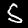
Digit: 5